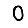
Digit: 0